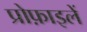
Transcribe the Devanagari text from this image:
प्रोफ़ाइलें